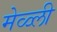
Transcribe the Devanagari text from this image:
मेळ्ली